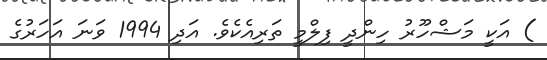
) އަކީ މަޝްހޫރު ހިންދީ ފިލްމީ ތަރިއެކެވެ. އަދި 1994 ވަނަ އަހަރުގެ